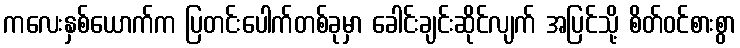
ကလေးနှစ်ယောက်က ပြတင်းပေါက်တစ်ခုမှာ ခေါင်းချင်းဆိုင်လျက် အပြင်သို့ စိတ်ဝင်စားစွာ